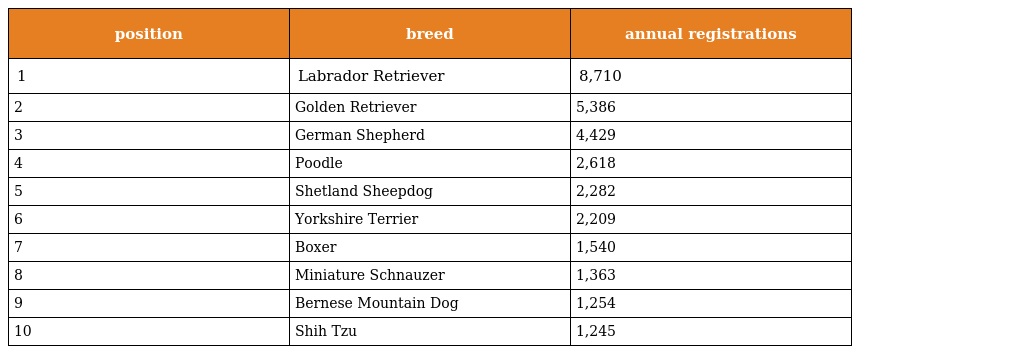
| position | breed | annual registrations |
 | --- | --- | --- |
 | 1 | Labrador Retriever | 8,710 |
 | 2 | Golden Retriever | 5,386 |
 | 3 | German Shepherd | 4,429 |
 | 4 | Poodle | 2,618 |
 | 5 | Shetland Sheepdog | 2,282 |
 | 6 | Yorkshire Terrier | 2,209 |
 | 7 | Boxer | 1,540 |
 | 8 | Miniature Schnauzer | 1,363 |
 | 9 | Bernese Mountain Dog | 1,254 |
 | 10 | Shih Tzu | 1,245 |